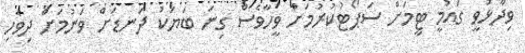
ވިދާޅުވީ ގައުމީ ޓީމަށް ސަޕޯޓުކުރުމަށް ވީހާވެސް ގިނަ ބަޔަކު ދަނޑަށް ވަނުމަށް ދިވެހި